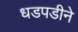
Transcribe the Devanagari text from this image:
धडपडीने